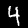
Digit: 4